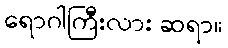
ရောဂါကြီးလား ဆရာ။